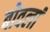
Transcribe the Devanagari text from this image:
बोवलां